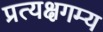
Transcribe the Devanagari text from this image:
प्रत्यक्षगम्य